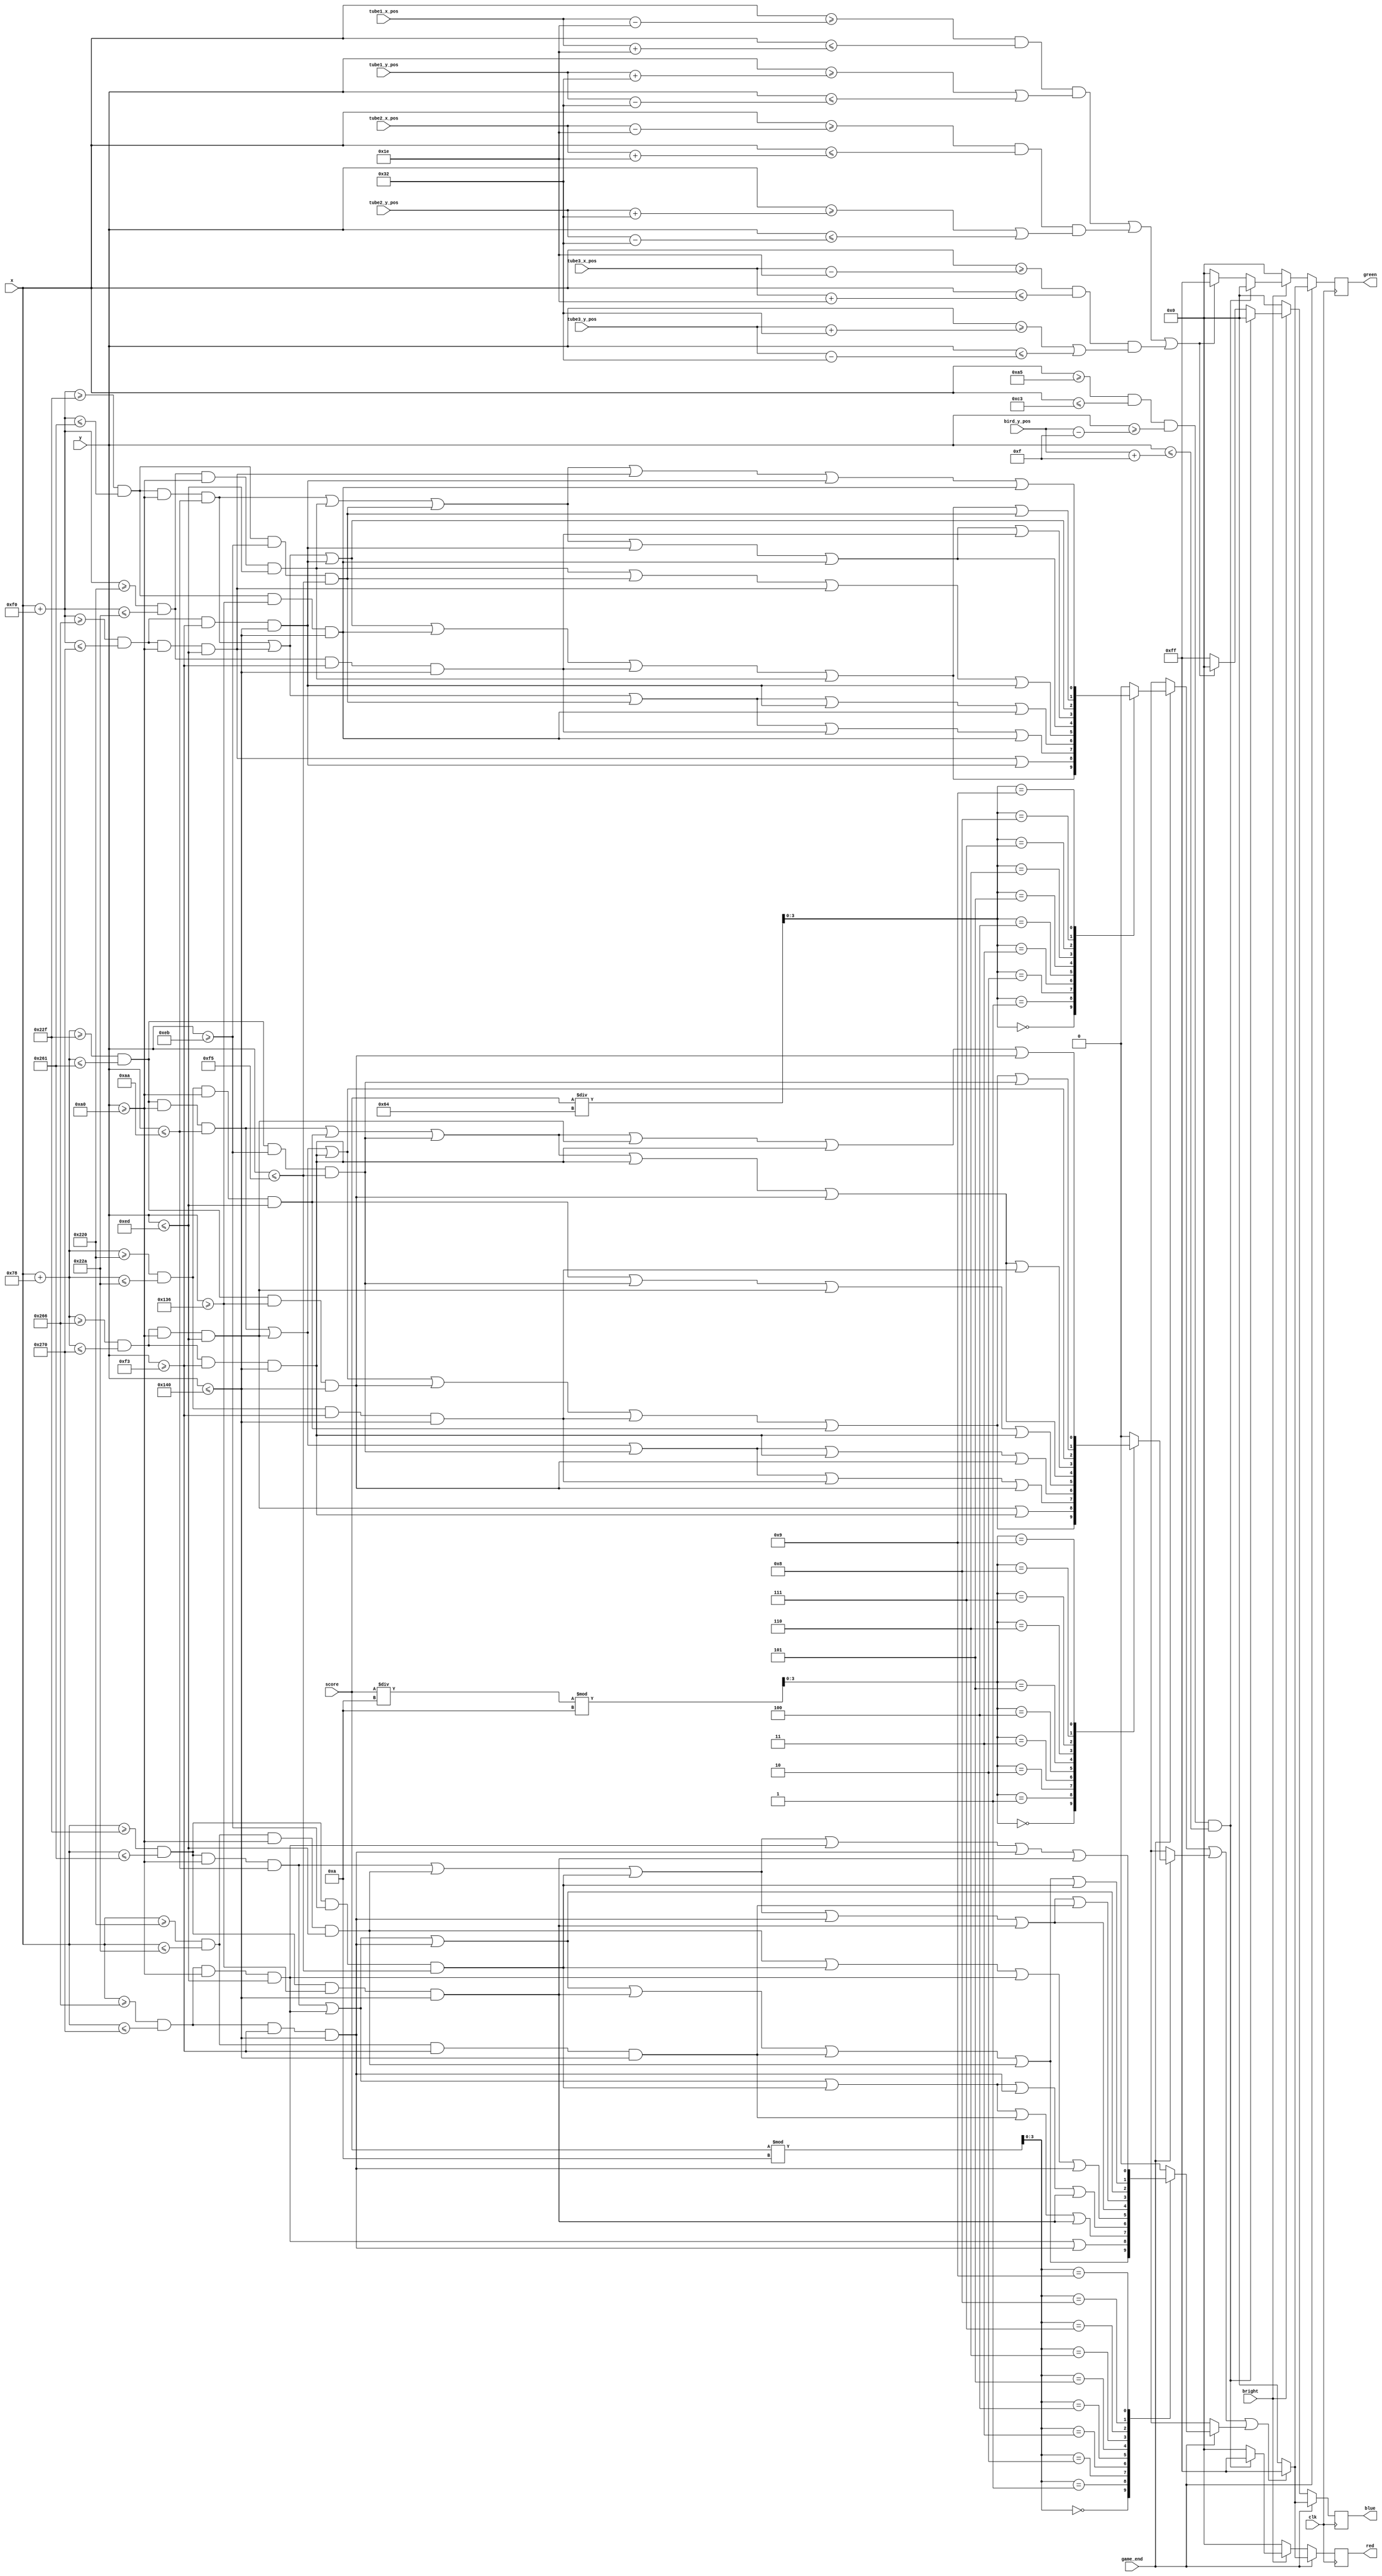
module VGA_Bitgen(
	 input clk,
    input bright,
    input [9:0] x,
    input [9:0] y,
	 input [9:0] bird_y_pos,
	 input [9:0] tube1_x_pos,
	 input [9:0] tube1_y_pos,
	 input [9:0] tube2_x_pos,
	 input [9:0] tube2_y_pos,
	 input [9:0] tube3_x_pos,
	 input [9:0] tube3_y_pos,
	 input game_end,
	 input [7:0] score,
    output reg [7:0] red,
	 output reg [7:0] green,
	 output reg [7:0] blue
    );
	
	// Set bird_x_pos
	wire [9:0] bird_x_pos;
	assign bird_x_pos = 10'd180;
	
	// For score display
	reg [3:0] dig_2;
	reg [3:0] dig_1;
	reg [3:0] dig_0;
	reg Dig0Seg0, Dig0Seg1, Dig0Seg2, Dig0Seg3, Dig0Seg4, Dig0Seg5, Dig0Seg6;
	reg Dig1Seg0, Dig1Seg1, Dig1Seg2, Dig1Seg3, Dig1Seg4, Dig1Seg5, Dig1Seg6;
	reg Dig2Seg0, Dig2Seg1, Dig2Seg2, Dig2Seg3, Dig2Seg4, Dig2Seg5, Dig2Seg6;
	reg digit_display_2, digit_display_1, digit_display_0;
	
	always @ (posedge clk) begin
		// Gaming!
		if (~game_end) 
		begin
			if (~bright)
			begin
			   // force black if not bright
				red = 8'b0;
				green = 8'b0;
				blue = 8'b0;
			end	
			else if ((x >= bird_x_pos - 10'd15) && (x <= bird_x_pos + 10'd15) && (y >= bird_y_pos - 10'd15) && (y <= bird_y_pos + 10'd15))
			begin
				// draw the red bird
				red = 8'b11111111;
				green = 8'b0;
				blue = 8'b0;
			end	
			else if (
				((x >= tube1_x_pos - 10'd30) && (x <= tube1_x_pos + 10'd30) && ((y >= tube1_y_pos + 10'd50) || (y <= tube1_y_pos - 10'd50))) || 
				((x >= tube2_x_pos - 10'd30) && (x <= tube2_x_pos + 10'd30) && ((y >= tube2_y_pos + 10'd50) || (y <= tube2_y_pos - 10'd50))) || 
				((x >= tube3_x_pos - 10'd30) && (x <= tube3_x_pos + 10'd30) && ((y >= tube3_y_pos + 10'd50) || (y <= tube3_y_pos - 10'd50)))
				)
				begin
				// draw the green tubes
				red = 8'b0;
				green = 8'b11111111;
				blue = 8'b0; 
				end
			else
			begin
			// background color blue
				red = 8'b0;
				green = 8'b0;
				blue = 8'b11111111;
				end
		end
		
		// Game ends, display score
		else begin
			// decompose scores into 3 digits
			dig_2 = score / 8'd100;
			dig_1 = (score / 8'd10) % 8'd10;
			dig_0 = score % 8'd10;
			
			// set display logic for each segment of each digit
			Dig0Seg0 = ((x >= 10'd559) & (x <= 10'd609) & (y >= 10'd160) & (y <= 10'd170));
			Dig0Seg1 = ((x >= 10'd614) & (x <= 10'd624) & (y >= 10'd160) & (y <= 10'd237));
			Dig0Seg2 = ((x >= 10'd614) & (x <= 10'd624) & (y >= 10'd243) & (y <= 10'd320));
			Dig0Seg3 = ((x >= 10'd559) & (x <= 10'd609) & (y >= 10'd310) & (y <= 10'd320));
			Dig0Seg4 = ((x >= 10'd544) & (x <= 10'd554) & (y >= 10'd243) & (y <= 10'd320));
			Dig0Seg5 = ((x >= 10'd544) & (x <= 10'd554) & (y >= 10'd160) & (y <= 10'd237));
			Dig0Seg6 = ((x >= 10'd559) & (x <= 10'd609) & (y >= 10'd235) & (y <= 10'd245));

			Dig1Seg0 = ((x + 10'd120 >= 10'd559) & (x + 10'd120 <= 10'd609) & (y >= 10'd160) & (y <= 10'd170));
			Dig1Seg1 = ((x + 10'd120 >= 10'd614) & (x + 10'd120 <= 10'd624) & (y >= 10'd160) & (y <= 10'd237));
			Dig1Seg2 = ((x + 10'd120 >= 10'd614) & (x + 10'd120 <= 10'd624) & (y >= 10'd243) & (y <= 10'd320));
			Dig1Seg3 = ((x + 10'd120 >= 10'd559) & (x + 10'd120 <= 10'd609) & (y >= 10'd310) & (y <= 10'd320));
			Dig1Seg4 = ((x + 10'd120 >= 10'd544) & (x + 10'd120 <= 10'd554) & (y >= 10'd243) & (y <= 10'd320));
			Dig1Seg5 = ((x + 10'd120 >= 10'd544) & (x + 10'd120 <= 10'd554) & (y >= 10'd160) & (y <= 10'd237));
			Dig1Seg6 = ((x + 10'd120 >= 10'd559) & (x + 10'd120 <= 10'd609) & (y >= 10'd235) & (y <= 10'd245));
	
			Dig2Seg0 = ((x + 10'd240 >= 10'd559) & (x + 10'd240 <= 10'd609) & (y >= 10'd160) & (y <= 10'd170));
			Dig2Seg1 = ((x + 10'd240 >= 10'd614) & (x + 10'd240 <= 10'd624) & (y >= 10'd160) & (y <= 10'd237));
			Dig2Seg2 = ((x + 10'd240 >= 10'd614) & (x + 10'd240 <= 10'd624) & (y >= 10'd243) & (y <= 10'd320));
			Dig2Seg3 = ((x + 10'd240 >= 10'd559) & (x + 10'd240 <= 10'd609) & (y >= 10'd310) & (y <= 10'd320));
			Dig2Seg4 = ((x + 10'd240 >= 10'd544) & (x + 10'd240 <= 10'd554) & (y >= 10'd243) & (y <= 10'd320));
			Dig2Seg5 = ((x + 10'd240 >= 10'd544) & (x + 10'd240 <= 10'd554) & (y >= 10'd160) & (y <= 10'd237));
			Dig2Seg6 = ((x + 10'd240 >= 10'd559) & (x + 10'd240 <= 10'd609) & (y >= 10'd235) & (y <= 10'd245));
			
			// set display logic for each digit
			case (dig_2)
				8'd0: digit_display_2 = (Dig2Seg0 | Dig2Seg1 | Dig2Seg2 | Dig2Seg3 | Dig2Seg4 | Dig2Seg5);
				8'd1: digit_display_2 = (Dig2Seg1 | Dig2Seg2);
				8'd2: digit_display_2 = (Dig2Seg0 | Dig2Seg1 | Dig2Seg6 | Dig2Seg4 | Dig2Seg3);
				8'd3: digit_display_2 = (Dig2Seg0 | Dig2Seg1 | Dig2Seg6 | Dig2Seg2 | Dig2Seg3);
				8'd4: digit_display_2 = (Dig2Seg5 | Dig2Seg6 | Dig2Seg1 | Dig2Seg2);
				8'd5: digit_display_2 = (Dig2Seg0 | Dig2Seg5 | Dig2Seg6 | Dig2Seg2 | Dig2Seg3);
				8'd6: digit_display_2 = (Dig2Seg0 | Dig2Seg5 | Dig2Seg6 | Dig2Seg2 | Dig2Seg3 | Dig2Seg4);
				8'd7: digit_display_2 = (Dig2Seg0 | Dig2Seg1 | Dig2Seg2);
				8'd8: digit_display_2 = (Dig2Seg0 | Dig2Seg1 | Dig2Seg2 | Dig2Seg3 | Dig2Seg4 | Dig2Seg5 | Dig2Seg6);
				8'd9: digit_display_2 = (Dig2Seg0 | Dig2Seg5 | Dig2Seg6 | Dig2Seg1 | Dig2Seg2 | Dig2Seg3);
				default: digit_display_2 = 1'b0;
			endcase

			case (dig_1)
				8'd0: digit_display_1 = (Dig1Seg0 | Dig1Seg1 | Dig1Seg2 | Dig1Seg3 | Dig1Seg4 | Dig1Seg5);
				8'd1: digit_display_1 = (Dig1Seg1 | Dig1Seg2);
				8'd2: digit_display_1 = (Dig1Seg0 | Dig1Seg1 | Dig1Seg6 | Dig1Seg4 | Dig1Seg3);
				8'd3: digit_display_1 = (Dig1Seg0 | Dig1Seg1 | Dig1Seg6 | Dig1Seg2 | Dig1Seg3);
				8'd4: digit_display_1 = (Dig1Seg5 | Dig1Seg6 | Dig1Seg1 | Dig1Seg2);
				8'd5: digit_display_1 = (Dig1Seg0 | Dig1Seg5 | Dig1Seg6 | Dig1Seg2 | Dig1Seg3);
				8'd6: digit_display_1 = (Dig1Seg0 | Dig1Seg5 | Dig1Seg6 | Dig1Seg2 | Dig1Seg3 | Dig1Seg4);
				8'd7: digit_display_1 = (Dig1Seg0 | Dig1Seg1 | Dig1Seg2);
				8'd8: digit_display_1 = (Dig1Seg0 | Dig1Seg1 | Dig1Seg2 | Dig1Seg3 | Dig1Seg4 | Dig1Seg5 | Dig1Seg6);
				8'd9: digit_display_1 = (Dig1Seg0 | Dig1Seg5 | Dig1Seg6 | Dig1Seg1 | Dig1Seg2 | Dig1Seg3);
				default: digit_display_1 = 1'b0;
			endcase

			case (dig_0)
				8'd0: digit_display_0 = (Dig0Seg0 | Dig0Seg1 | Dig0Seg2 | Dig0Seg3 | Dig0Seg4 | Dig0Seg5);
				8'd1: digit_display_0 = (Dig0Seg1 | Dig0Seg2);
				8'd2: digit_display_0 = (Dig0Seg0 | Dig0Seg1 | Dig0Seg6 | Dig0Seg4 | Dig0Seg3);
				8'd3: digit_display_0 = (Dig0Seg0 | Dig0Seg1 | Dig0Seg6 | Dig0Seg2 | Dig0Seg3);
				8'd4: digit_display_0 = (Dig0Seg5 | Dig0Seg6 | Dig0Seg1 | Dig0Seg2);
				8'd5: digit_display_0 = (Dig0Seg0 | Dig0Seg5 | Dig0Seg6 | Dig0Seg2 | Dig0Seg3);
				8'd6: digit_display_0 = (Dig0Seg0 | Dig0Seg5 | Dig0Seg6 | Dig0Seg2 | Dig0Seg3 | Dig0Seg4);
				8'd7: digit_display_0 = (Dig0Seg0 | Dig0Seg1 | Dig0Seg2);
				8'd8: digit_display_0 = (Dig0Seg0 | Dig0Seg1 | Dig0Seg2 | Dig0Seg3 | Dig0Seg4 | Dig0Seg5 | Dig0Seg6);
				8'd9: digit_display_0 = (Dig0Seg0 | Dig0Seg5 | Dig0Seg6 | Dig0Seg1 | Dig0Seg2 | Dig0Seg3);
				default: digit_display_0 = 1'b0;
			endcase
			
			
			
			
			
			if (digit_display_2 | digit_display_1 | digit_display_0)
			begin
				// display numbers in white
				red = 8'b11111111;
				green = 8'b11111111;
				blue = 8'b11111111;
			end
			else
			begin
			// force black elsewhere
				red = 8'b00000000;
				green = 8'b00000000;
				blue = 8'b00000000;
			end	
		end
	end
endmodule